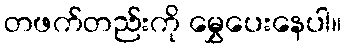
တဖက်တည်းကို မွှေပေးနေပါ။